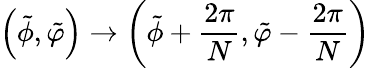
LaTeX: \left(\tilde{\phi},\tilde{\varphi}\right)\rightarrow\left(\tilde{\phi}+\frac{2\pi}{N},\tilde{\varphi}-\frac{2\pi}{N}\right)